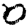
Digit: 0